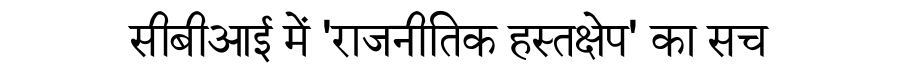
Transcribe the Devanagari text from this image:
सीबीआई में 'राजनीतिक हस्तक्षेप' का सच